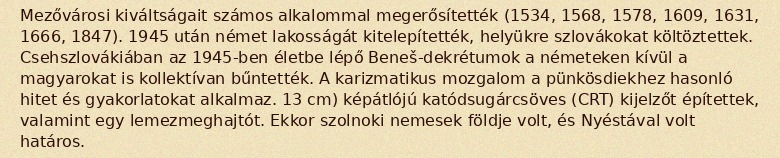
Mezővárosi kiváltságait számos alkalommal megerősítették (1534, 1568, 1578, 1609, 1631, 1666, 1847). 1945 után német lakosságát kitelepítették, helyükre szlovákokat költöztettek. Csehszlovákiában az 1945-ben életbe lépő Beneš-dekrétumok a németeken kívül a magyarokat is kollektívan bűntették. A karizmatikus mozgalom a pünkösdiekhez hasonló hitet és gyakorlatokat alkalmaz. 13 cm) képátlójú katódsugárcsöves (CRT) kijelzőt építettek, valamint egy lemezmeghajtót. Ekkor szolnoki nemesek földje volt, és Nyéstával volt határos.